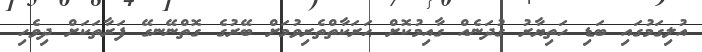
އުލިގަމުގައި ބަޑި ހަތިޔާރު ގުދަނެއް ގާއިމުކޮށް ޙަރަކާތްތެރިވުމަށް ބޭރުގެ ގޮތްނޭނގޭ ފަރާތަކަށް ދިވެހި